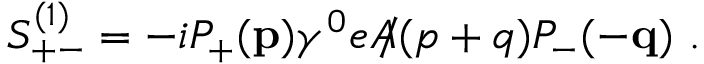
S _ { + - } ^ { ( 1 ) } = - i P _ { + } ( { \bf p } ) \gamma ^ { 0 } e \, \slash \! \! \! \! A ( p + q ) P _ { - } ( - { \bf q } ) \, \, .